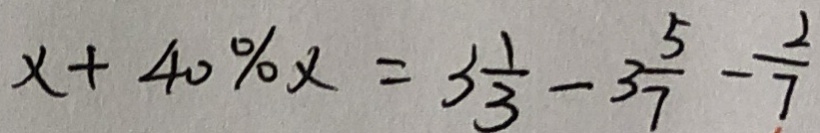
x + 4 0 \% x = 3 \frac { 1 } { 3 } - 3 \frac { 5 } { 7 } - \frac { 2 } { 7 }